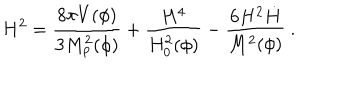
H ^ { 2 } = { \frac { 8 \pi V ( \phi ) } { 3 M _ { \mathrm { p } } ^ { 2 } ( \phi ) } } + { \frac { H ^ { 4 } } { H _ { 0 } ^ { 2 } ( \phi ) } } - { \frac { 6 H ^ { 2 } \dot { H } } { M ^ { 2 } ( \phi ) } } \ .